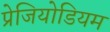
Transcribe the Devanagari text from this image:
प्रेजियोडियम